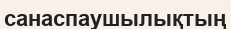
санаспаушылықтың